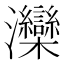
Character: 灤